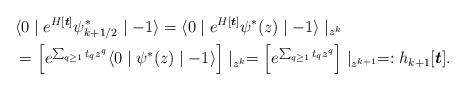
LaTeX: \begin{align*} & \langle 0 \mid e^{H[\boldsymbol{t}]} \psi^\ast_{k+1/2} \mid -1 \rangle = \langle 0 \mid e^{H[\boldsymbol{t}]} \psi^\ast(z) \mid -1 \rangle \mid_{z^{k}} \\& = \left[ e^{\sum_{q \geq 1} t_q z^q} \langle 0 \mid \psi^\ast(z) \mid -1 \rangle \right] \mid_{z^{k}} = \left[ e^{\sum_{q \geq 1} t_q z^q} \right] \mid_{z^{k+1}} =: h_{k+1}[\boldsymbol{t}].\end{align*}